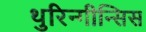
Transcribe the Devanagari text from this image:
थुरिन्गीन्सिस